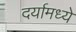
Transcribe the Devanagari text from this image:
दर्यामध्ये